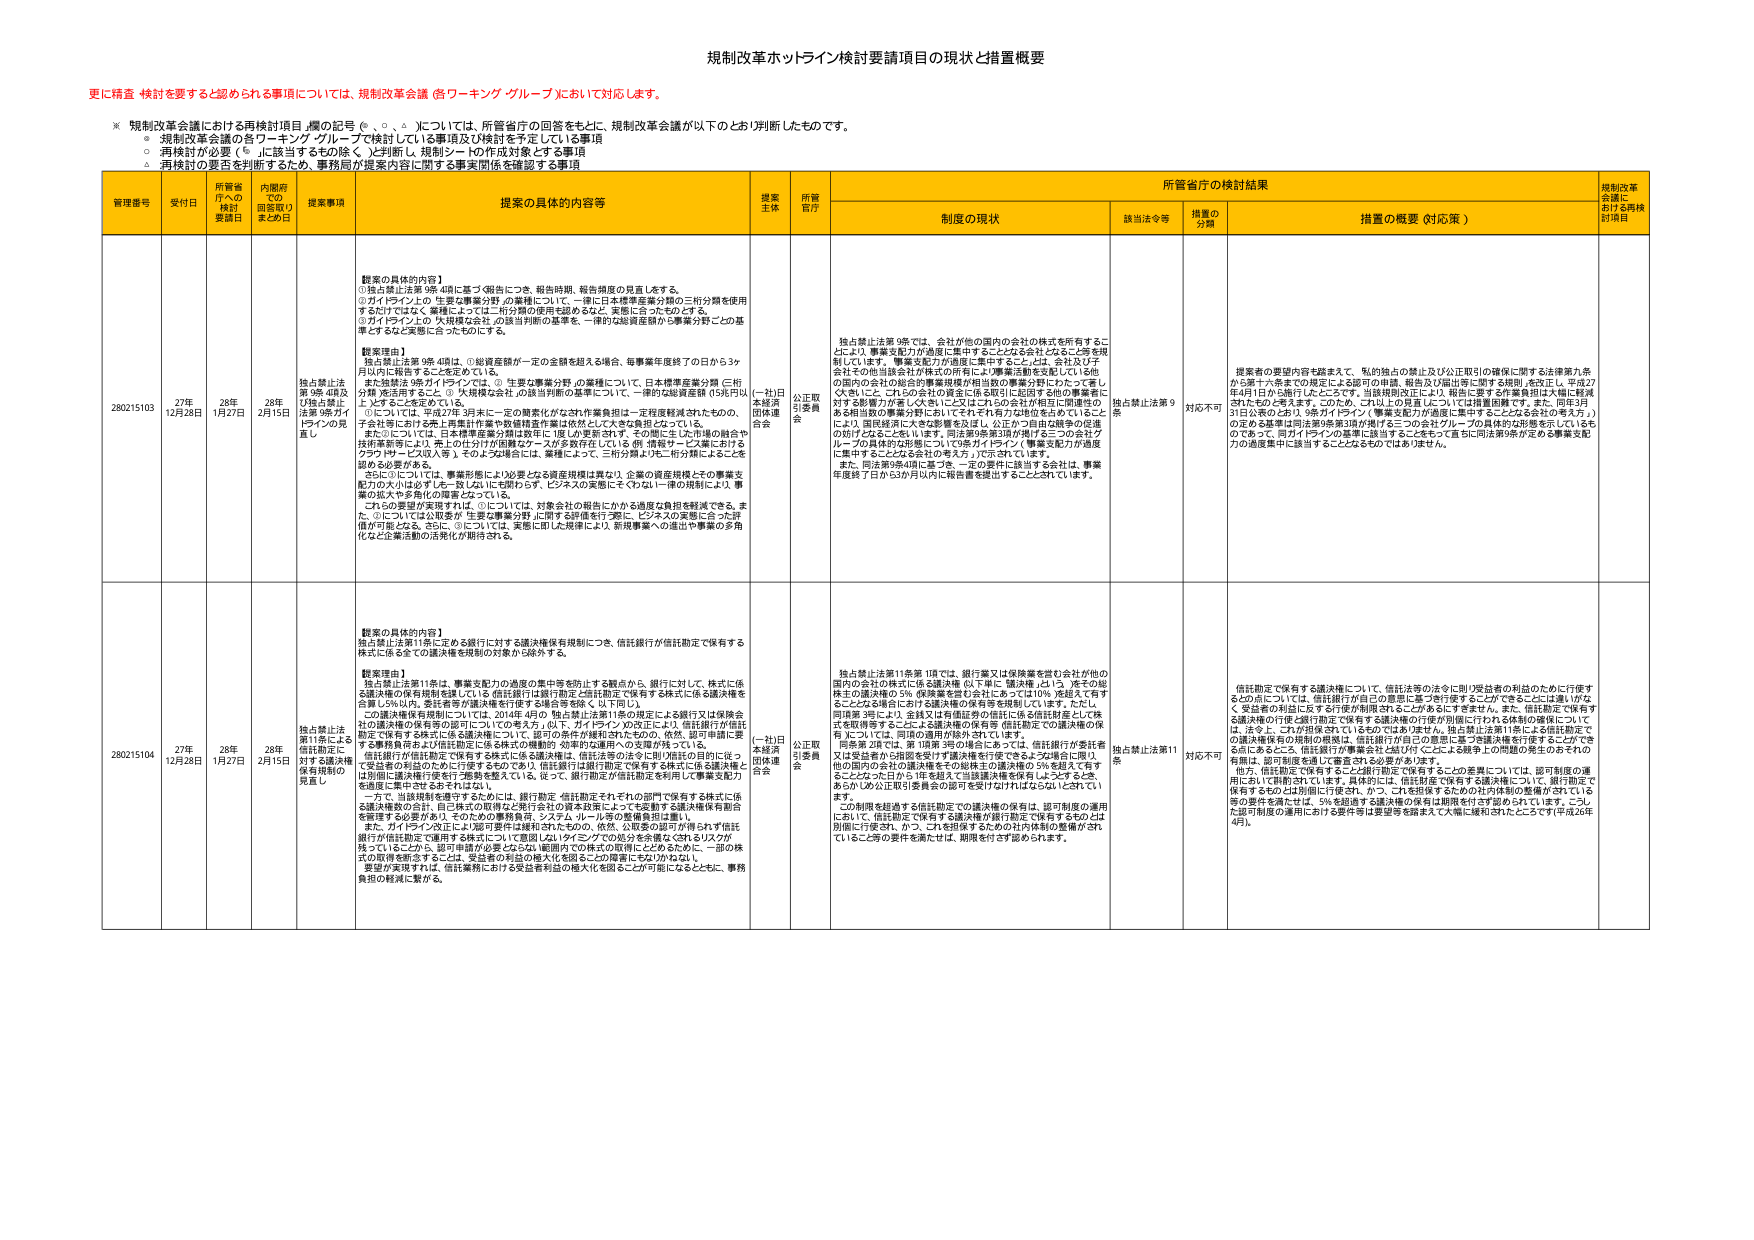
規制改革ホットライン検討要請項目の現状と措置概要

更に精査・検討を要すると認められる事項については、規制改革会議（各ワーキング・グループ）において対応します。

※ 規制改革会議における再検討項目・欄の記号（○、△、☆）については、所管省庁の回答をもとに、規制改革会議が以下のとおり判断したものです。
○ 規制改革会議の各ワーキング・グループで検討している事項及び検討を予定している事項
○ 再検討が必要（○：に該当するもの除く）と判断し、規制シートの作成対象とする事項
△ 再検討の要否を判断するため、事務局が提案内容に関する事実関係を確認する事項

管理番号 受付日 所管省庁への検討要請日 内閣府での個別取りまとめ日 提案事項 提案の具体的な内容等 提案主体 所管省庁 所管省庁の検討結果 規制改革会議における再検討項目
制度の現状 該当法令等 措置の分類 措置の概要（対応等）

280215103 27年12月26日 26年1月27日 28年2月15日 独占禁止法第9条・48条（「独占禁止法第9条「ガイドライン」の見直し） 【提案の具体的な内容】
①独占禁止法第9条・48条に基づく報告につき、報告時期、報告頻度の見直しを求める。
②「ガイドライン」の「主要な事業分野」の業種について、一律に日本標準産業分類の三桁分類を使用するだけではなく、業種によっては二桁分類の使用を認めるなど、実態に合ったものとする。
③「ガイドライン」の「大規模な会社」の該当判断の基準を、一律的な総資産額から事業分野ごとの基準とするなど実態に合ったものとする。

【提案理由】
独占禁止法第9条・48条は、①総資産額が一定の金額を超える場合、毎事業年度終了の日から3ヶ月以内に報告することを定めている。
また業種法規「ガイドライン」では、②「主要な事業分野」の業種について、日本標準産業分類（三桁分類）を適用すること、③「大規模な会社」の該当判断の基準については、一律的な総資産額（5兆円以上）とすることを定めている。
①については、平成27年3月末に一定の簡素化がなされ作業負担は一定程度軽減されたものの、子会社等における「業」を再集計作業や数値精査作業は依然として大きな負担となっている。
また②については、日本標準産業分類は数年に1度しか更新されず、その間に生じた市場の競争や技術革新により、売上の区分けが困難なケースが多数存在している（例：情報サービス業におけるクラウドサービス収入等）。そのような場合には、業種によって、三桁分類よりも二桁分類によることを認める必要がある。
さらに③については、事業形態により必要となる資産規模は異なり、企業の資産規模とその事業支配力の大小は必ずしも一致しないにも関わらず、ビジネスの実態にそぐわない一律の規制により、事業の拡大や多角化の障害となっている。
これらの要望が妥当すれば、①については、対象会社の報告にかかる過度な負担を軽減できる。また、②については公取委が「主要な事業分野」に関する評価を行う際に、ビジネスの実態に合った評価が可能となる。さらに、③については、実態に即した規律により、新規事業への進出や事業の多角化など企業活動の活性化が期待される。
（一社）本経済団体連合会 公正取引委員会 独占禁止法第9条 独占禁止法第9条 対応不可 提案者の要望内容も踏まえて、「私的独占の禁止及び公正取引の確保に関する法律第九条から第十六条まで」の規定による報告の件数、報告及び届出等に関する規制」を改正し、平成27年4月1日から施行したところです。当該規則改正により、報告に関する作業負担は大幅に軽減されたものと考えます。このため、これ以上の見直しについては措置困難です。また、同年3月31日公表の「ガイドライン（事業支配力が過度に集中することとなる会社の考え方）」の定める基準は同法第9条第3項が掲げる三つの会社グループの具体的な形態を示しているものであり、同ガイドラインの基準に該当することをもって直ちに同法第9条が定める事業支配力の過度集中に該当することとなるものではありません。

280215104 27年12月26日 26年1月27日 28年2月15日 独占禁止法第11条による信託勘定に対する議決権保有規制の見直し 【提案の具体的な内容】
独占禁止法第11条に定める銀行に対する議決権保有規制につき、信託銀行が信託勘定で保有する株式に係る全ての議決権を規制の対象から除外する。

【提案理由】
独占禁止法第11条は、事業支配力の過度の集中等を防止する観点から、銀行に対して、株式に係る議決権の保有規制を課している（信託銀行は銀行勘定と信託勘定で保有する株式に係る議決権を合算し5％以内、受託者等が議決権を行使する場合等を除く。以下同じ）。
この議決権保有規制については、2014年4月の「独占禁止法第11条の規定による銀行又は保険会社の議決権の保有等の認可についての考え方」（以下、ガイドライン）の改正により、信託銀行が信託勘定で保有する株式に係る議決権について、認可の条件が緩和されたものの、依然、認可申請に要する事務負荷および信託勘定に係る株式の機動的・効率的な運用への支障が残っている。
信託銀行が信託勘定で保有する株式に係る議決権は、信託法等の法令により信託の目的に従って受益者の利益のために行使するものであり、信託銀行は銀行勘定で保有する株式に係る議決権とは別個に議決権行使を行う義務を負えている。従って、銀行勘定が信託勘定を経由して事業支配力を過度に集中させるとすればない。
一方で、当該規制を維持するためには、銀行勘定・信託勘定それぞれの部門で保有する株式に係る議決権の合計、同1株式の取得など銀行会社の事業活動によって生産する議決権保有割合を管理する必要があり、そのための事務負荷、システム・ルール等の整備負担は重い。
また、ガイドライン改正により認可要件は緩和されたものの、依然、公取委の認可が得られず信託銀行が信託勘定で運用する株式について意図しない「タイミングでの処分を余儀なくされるリスクが残っていることから、認可申請が必要となるなど「範囲内での株式の取得」にとどまるために、一部の株式の取得を断念することは、受益者の利益の極大化を図ることの障害にならかねばない。
要望が実現すれば、信託業務における受益者利益の極大化を図ることが可能になるとともに、事務負担の軽減に繋がる。
（一社）本経済団体連合会 公正取引委員会 独占禁止法第11条 独占禁止法第11条 対応不可 信託勘定で保有する議決権について、信託法等の法令に則り受益者の利益のために行使するものについては、信託銀行が自己の意思に基づき行使することができることは違いないが、受益者の利益に反する行使が制限されることがあると予想される。また、信託勘定で保有する議決権の行使と銀行勘定で保有する議決権の行使が別個に行われる体制の確保については、法令上、これが担保されているものではありません。独占禁止法第11条による信託勘定での議決権保有の規制の根拠は、信託銀行が自己の意思に基づき議決権を行使することができるとあること、信託銀行が事業会社と結び付くことによる競争上の問題の発生のおそれの有無は、認可制度を経て審査される必要があります。
他方、信託勘定で保有することが銀行勘定で保有することとの差異については、認可制度の運用において「制限され」ています。具体的には、信託勘定で保有する議決権について、銀行勘定で保有するものと別個に行使され、かつ、これを行使するための社内体制の整備がされている等の要件を満たせば、5％を超える議決権の保有は期限を付す認められています。こうした認可制度の運用における要件等は要望等を踏まえて大幅に緩和されたところです（平成26年4月）。